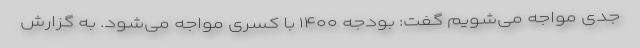
جدی مواجه می‌شویم گفت: بودجه ۱۴۰۰ با کسری مواجه می‌شود. به گزارش